Civil Veterinary Department Bihar & Orissa reports 1911-21 - 1911-1921
Year: 1911
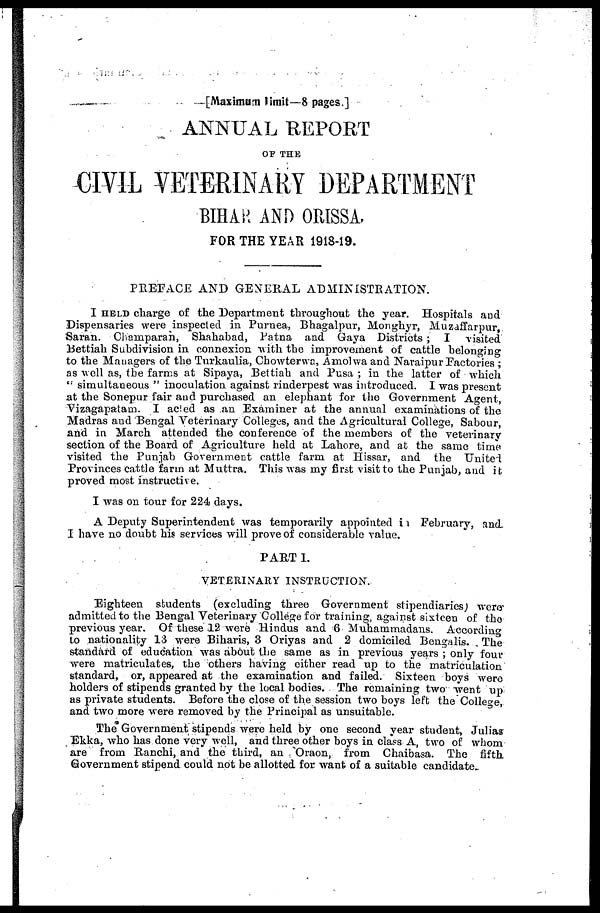
[Maximum limit—8 pages.]
ANNUAL REPORT
CIVIL VETERINARY DEPARTMENT
BIHAR AND ORISSA,
FOR THE YEAR 1918-19.
PREFACE AND GENERAL ADMINISTRATION.
I HELD charge of the Department throughout the year. Hospitals and
Dispensaries were inspected in Purnea, Bhagalpur, Monghyr, Muzaffarpur,
Saran. Chainparah, Shahabad, Patna and Gaya Districts ; I
visited
Bettiah Subdivision in connexion with the improvement of cattle belonging
to the Managers of the Turkaulia, Chowterwc, Amolwa and Naraipur Factories ;
as well as, the farms at Sipaya, Bettiah and Pusa ; in the latter of which
" simultaneous " inoculation against rinderpest was introduced. I was present
at the Sonepur fair and purchased an elephant for the Government Agent,
Vizagapatam. I acied as an Examiner at the annual examinations of the
Madras and Bengal Veterinary Colleges, and the Agricultural College, Sabour,
and in March attended the conference of the members of the veterinary
section of the Board of Agriculture held at Lahore, and at the same time
visited the Punjab Government cattle farm at Ilissar, and the United
Provinces cattle farm at Muttra. This was my first visit to the Punjab, and it
proved most instructive.
I was on tour for 224 days.
A Deputy Superintendent was temporarily appointed in February, and.
I have no doubt his services will prove of considerable value.
PART 1.
VETERINARY INSTRUCTION.
Eighteen students (excluding three Government stipendiaries) were
admitted to the Bengal Veterinary College for training, against sixteen of the
previous year. Of these 12 were Hindus and 6 Muhammadans.
According
to nationality 13 were Biharis, 3 Oriyas and 2 domiciled Bengalis. The
standard of education was about the same as in previous years ; only four
were matriculates, the others having either read up to the matriculation
standard, or, appeared at the examination and failed. Sixteen boys were
holders of stipends granted by the local bodies. The remaining two went up
as private students. Before the close of the session two boys left the College,
and two more were removed by the Principal as unsuitable.
The Government stipends were held by one second year student, Julias
Ekka, who has done very well, and three other boys in class A, two of whom
are from Ranchi, and the third, an Oraon, from Chaibasa. The
fifth
Government stipend could not be allotted for want of a suitable candidate